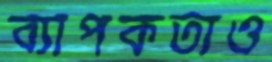
ব্যাপকতাও